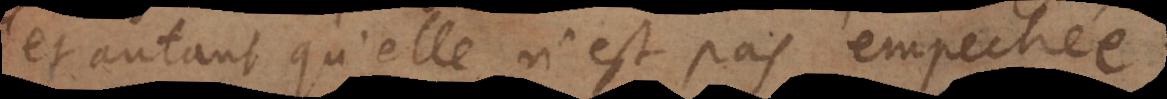
et autant qu’elle n’est pas empechée,